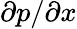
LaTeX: \partial p/\partial x